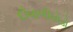
દીવાળીઘોડો